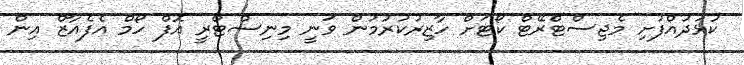
ކުޅުދުއްފުށި މެޖިސްޓްރޭޓް ކޯޓަށް ހާޒިރުކުރުމުން ވަނީ މިނިސްޓްރީ އޮފް ހޯމް އެފެއާޒް އިން